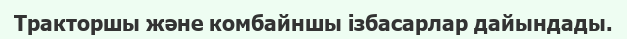
Тракторшы және комбайншы ізбасарлар дайындады.